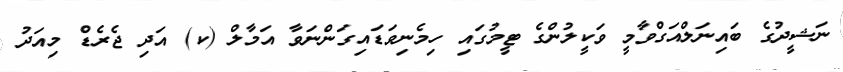
ނަޝީދުގެ ބައިނަލްއަގްވާމީ ވަކީލުންގެ ޓީމުގައި ހިމެނިވަޑައިގަންނަވާ އަމާލް (ކ) އަދި ޖެރެޑް މިއަދު